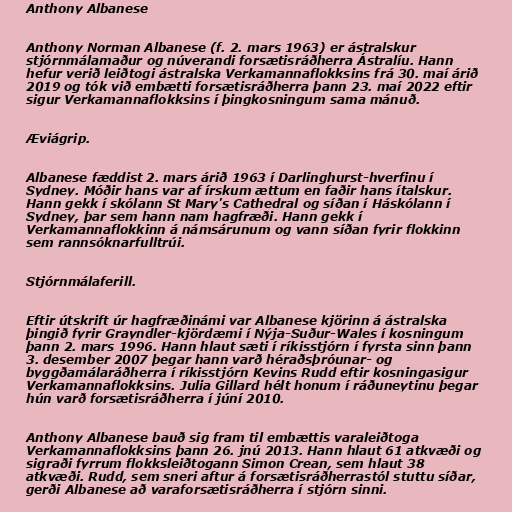
Anthony Albanese

Anthony Norman Albanese (f. 2. mars 1963) er ástralskur
stjórnmálamaður og núverandi forsætisráðherra Ástralíu. Hann
hefur verið leiðtogi ástralska Verkamannaflokksins frá 30. maí árið
2019 og tók við embætti forsætisráðherra þann 23. maí 2022 eftir
sigur Verkamannaflokksins í þingkosningum sama mánuð.

Æviágrip.

Albanese fæddist 2. mars árið 1963 í Darlinghurst-hverfinu í
Sydney. Móðir hans var af írskum ættum en faðir hans ítalskur.
Hann gekk í skólann St Mary's Cathedral og síðan í Háskólann í
Sydney, þar sem hann nam hagfræði. Hann gekk í
Verkamannaflokkinn á námsárunum og vann síðan fyrir flokkinn
sem rannsóknarfulltrúi.

Stjórnmálaferill.

Eftir útskrift úr hagfræðinámi var Albanese kjörinn á ástralska
þingið fyrir Grayndler-kjördæmi í Nýja-Suður-Wales í kosningum
þann 2. mars 1996. Hann hlaut sæti í ríkisstjórn í fyrsta sinn þann
3. desember 2007 þegar hann varð héraðsþróunar- og
byggðamálaráðherra í ríkisstjórn Kevins Rudd eftir kosningasigur
Verkamannaflokksins. Julia Gillard hélt honum í ráðuneytinu þegar
hún varð forsætisráðherra í júní 2010.

Anthony Albanese bauð sig fram til embættis varaleiðtoga
Verkamannaflokksins þann 26. jnú 2013. Hann hlaut 61 atkvæði og
sigraði fyrrum flokksleiðtogann Simon Crean, sem hlaut 38
atkvæði. Rudd, sem sneri aftur á forsætisráðherrastól stuttu síðar,
gerði Albanese að varaforsætisráðherra í stjórn sinni.